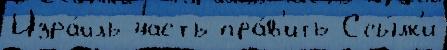
Изра́иль часть пра́в'ить Ссы́лк'и